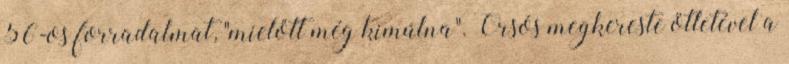
56-os forradalmat, "mielőtt még kimúlna". Orsós megkereste ötletével a